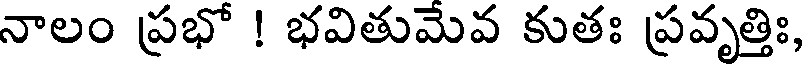
నాలం ప్రభో ! భవితుమెవ కుతః ప్రవృత్తిః,